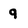
Character: 9